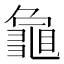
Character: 𮯞